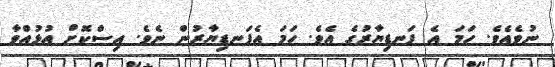
ނުވެއެވެ. ހަމަ އެ ފަނޑިޔާރުގެ އެވެ. ހަމަ އެފަނޑިޔާރުން ނެވެ. އިސްކޮށް އުޅުއްވާ